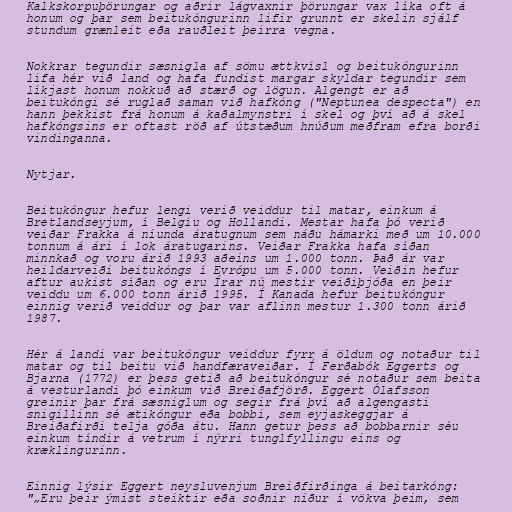
Kalkskorpuþörungar og aðrir lágvaxnir þörungar vax líka oft á
honum og þar sem beitukóngurinn lifir grunnt er skelin sjálf
stundum grænleit eða rauðleit þeirra vegna.

Nokkrar tegundir sæsnigla af sömu ættkvísl og beitukóngurinn
lifa hér við land og hafa fundist margar skyldar tegundir sem
líkjast honum nokkuð að stærð og lögun. Algengt er að
beitukóngi sé ruglað saman við hafkóng ("Neptunea despecta") en
hann þekkist frá honum á kaðalmynstri í skel og því að á skel
hafkóngsins er oftast röð af útstæðum hnúðum meðfram efra borði
vindinganna.

Nytjar.

Beitukóngur hefur lengi verið veiddur til matar, einkum á
Bretlandseyjum, í Belgíu og Hollandi. Mestar hafa þó verið
veiðar Frakka á níunda áratugnum sem náðu hámarki með um 10.000
tonnum á ári í lok áratugarins. Veiðar Frakka hafa síðan
minnkað og voru árið 1993 aðeins um 1.000 tonn. Það ár var
heildarveiði beitukóngs í Evrópu um 5.000 tonn. Veiðin hefur
aftur aukist síðan og eru Írar nú mestir veiðiþjóða en þeir
veiddu um 6.000 tonn árið 1995. Í Kanada hefur beitukóngur
einnig verið veiddur og þar var aflinn mestur 1.300 tonn árið
1987.

Hér á landi var beitukóngur veiddur fyrr á öldum og notaður til
matar og til beitu við handfæraveiðar. Í Ferðabók Eggerts og
Bjarna (1772) er þess getið að beitukóngur sé notaður sem beita
á vesturlandi þó einkum við Breiðafjörð. Eggert Ólafsson
greinir þar frá sæsniglum og segir frá því að algengasti
snigillinn sé ætikóngur eða bobbi, sem eyjaskeggjar á
Breiðafirði telja góða átu. Hann getur þess að bobbarnir séu
einkum tíndir á vetrum í nýrri tunglfyllingu eins og
kræklingurinn.

Einnig lýsir Eggert neysluvenjum Breiðfirðinga á beitarkóng:
"„Eru þeir ýmist steiktir eða soðnir niður í vökva þeim, sem